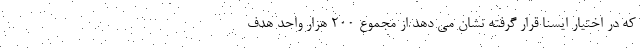
که در اختیار ایسنا قرار گرفته نشان می دهد از مجموع ۲۰۰ هزار واحد هدف